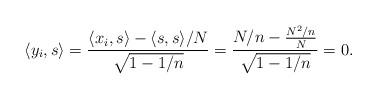
LaTeX: \begin{align*}\langle y_i, s \rangle = \frac {\langle x_i, s \rangle - {\langle s, s \rangle}/ N}{\sqrt{1-1/n}}= \frac {N/n - \frac{N^2/n}{N}}{\sqrt{1-1/n}}=0. \end{align*}